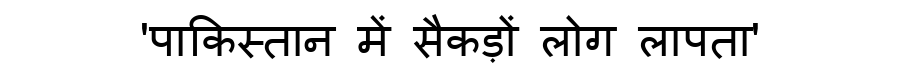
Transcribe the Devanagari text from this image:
'पाकिस्तान में सैकड़ों लोग लापता'